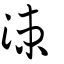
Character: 涑